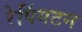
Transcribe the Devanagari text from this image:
रेपिंगटन